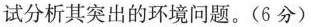
试分析其突出的环境问题。(6分)